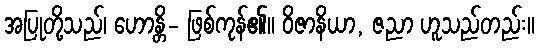
အပြုတို့သည်၊ ဟောန္တိ- ဖြစ်ကုန်၏။ ဝိဇာနိယာ, ဇညာ ဟူသည်တည်း။